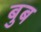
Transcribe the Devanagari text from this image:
बुब